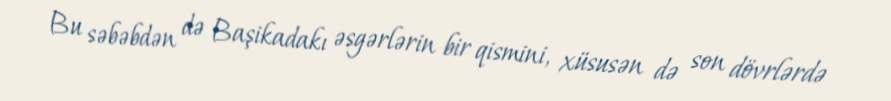
Bu səbəbdən də Başikadakı əsgərlərin bir qismini, xüsusən də son dövrlərdə